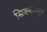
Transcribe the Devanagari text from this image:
सिक्कमपुर